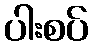
ပါးစပ်